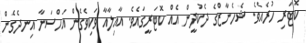
ކޮޓަރި ހުރެއެވެ. ޝެހެނާޒްގެ ދެކުދީން އެއް ކޮޓަރީގައެވެ. އާއިލާއާ ވަކިވެގެން އަހްސަނާ އިނދެގެން